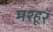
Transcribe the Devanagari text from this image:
मश्‍हूर